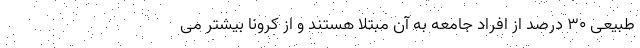
طبیعی ۳۰ درصد از افراد جامعه به آن مبتلا هستند و از کرونا بیشتر می